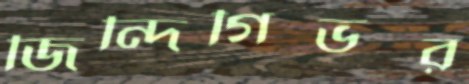
জিন্দিগিভর